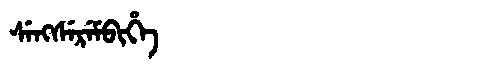
Manchu: ᠰᡝᠩᠰᡝᡵᡝᠮᠪᡳᡥᡝ
Romanization: SENGSEREMBIHE